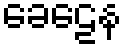
ခေဠေန